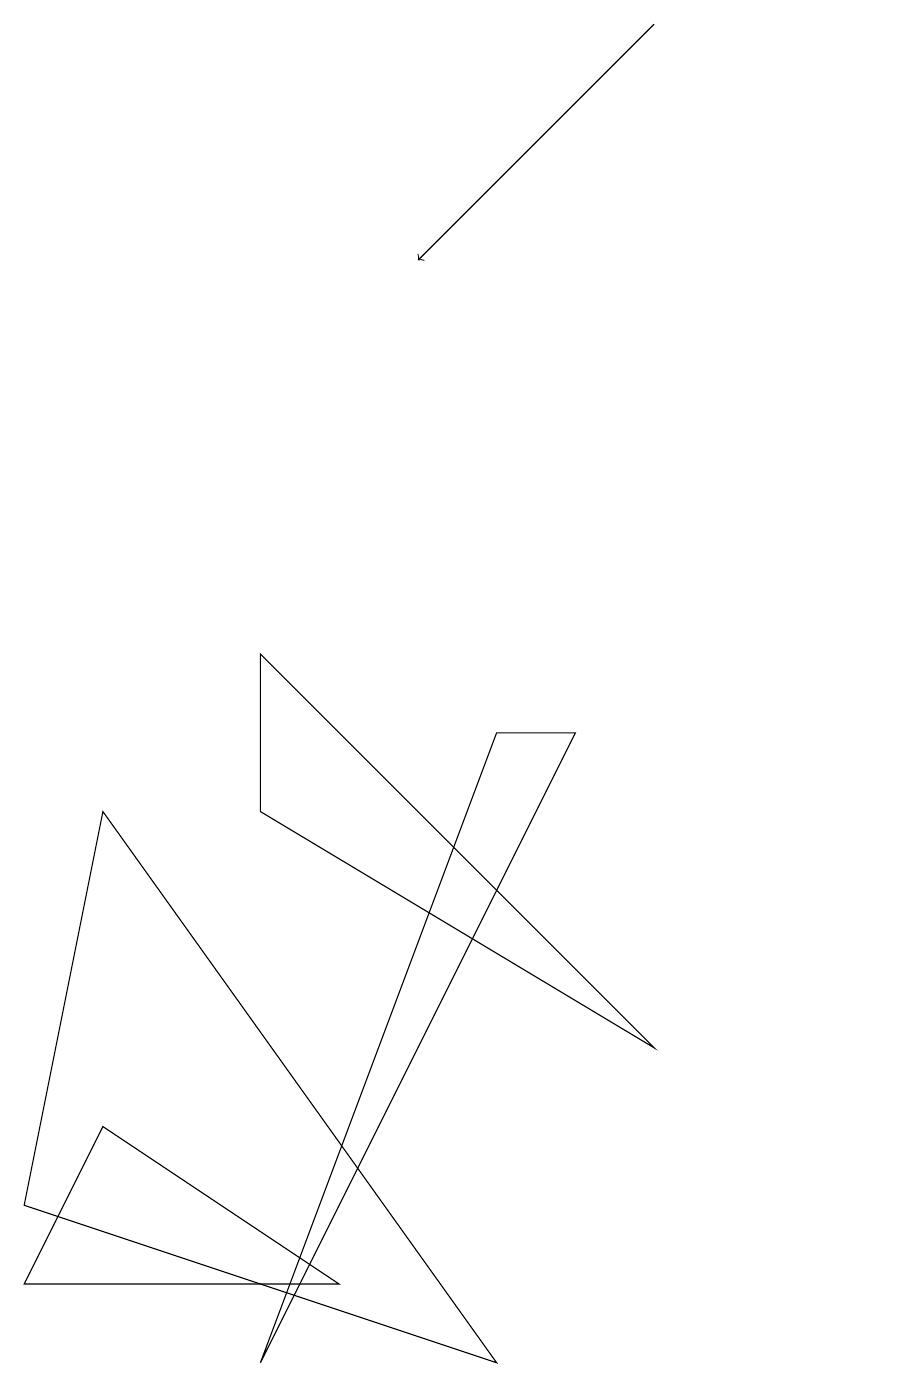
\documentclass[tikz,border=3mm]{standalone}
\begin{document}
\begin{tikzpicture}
\draw (7,8) -- (3,0) -- (6,8) -- cycle;
\draw (0,1) -- (1,3) -- (4,1) -- cycle;
\draw (8,4) -- (3,7) -- (3,9) -- cycle;
\draw (11,12) circle (0);
\draw (6,0) -- (1,7) -- (0,2) -- cycle;
\draw[->] (8,17) -- (5,14);
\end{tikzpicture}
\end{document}